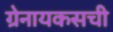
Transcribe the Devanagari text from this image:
ग्रेनायकसची